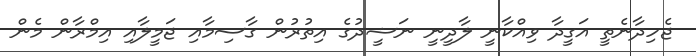
ޖެހިދާނެތީ އަގީދާ ވިއްކާނީ ލާދީނީ ނަޝީދުގެ އިތުރުން ގާސިމާއި ޖަމީލާއި އިމްރާން މެން